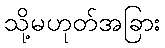
သို့မဟုတ်အခြား